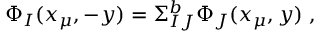
\Phi _ { I } ( x _ { \mu } , - y ) = \Sigma _ { I J } ^ { b } \Phi _ { J } ( x _ { \mu } , y ) ~ ,